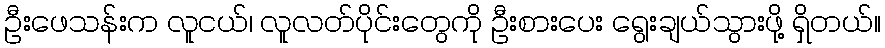
ဦးဖေသန်းက လူငယ်၊ လူလတ်ပိုင်းတွေကို ဦးစားပေး ရွေးချယ်သွားဖို့ ရှိတယ်။